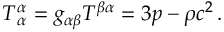
T _ { \, \alpha } ^ { \alpha } = g _ { \alpha \beta } T ^ { \beta \alpha } = 3 p - \rho c ^ { 2 } \, .